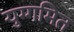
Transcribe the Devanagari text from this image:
युग्गमित